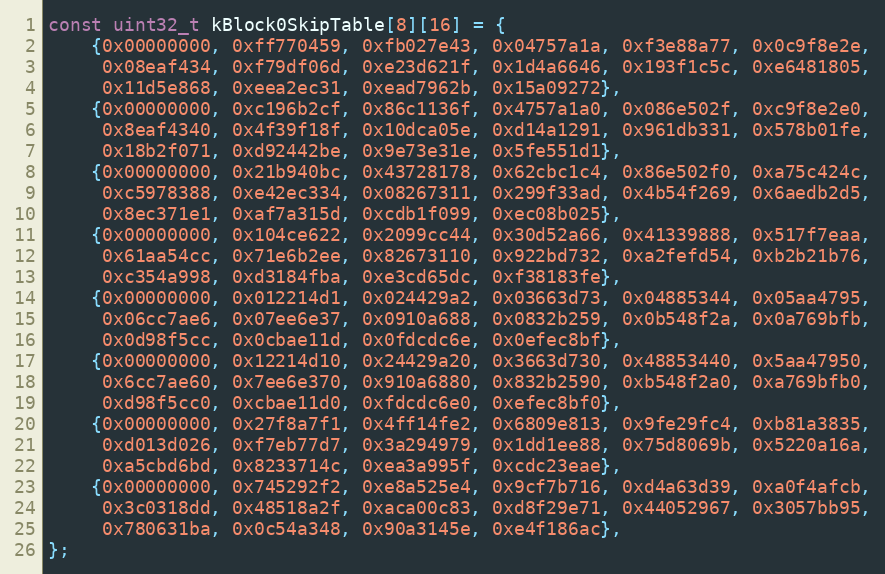
Language: C++
const uint32_t kBlock0SkipTable[8][16] = {
    {0x00000000, 0xff770459, 0xfb027e43, 0x04757a1a, 0xf3e88a77, 0x0c9f8e2e,
     0x08eaf434, 0xf79df06d, 0xe23d621f, 0x1d4a6646, 0x193f1c5c, 0xe6481805,
     0x11d5e868, 0xeea2ec31, 0xead7962b, 0x15a09272},
    {0x00000000, 0xc196b2cf, 0x86c1136f, 0x4757a1a0, 0x086e502f, 0xc9f8e2e0,
     0x8eaf4340, 0x4f39f18f, 0x10dca05e, 0xd14a1291, 0x961db331, 0x578b01fe,
     0x18b2f071, 0xd92442be, 0x9e73e31e, 0x5fe551d1},
    {0x00000000, 0x21b940bc, 0x43728178, 0x62cbc1c4, 0x86e502f0, 0xa75c424c,
     0xc5978388, 0xe42ec334, 0x08267311, 0x299f33ad, 0x4b54f269, 0x6aedb2d5,
     0x8ec371e1, 0xaf7a315d, 0xcdb1f099, 0xec08b025},
    {0x00000000, 0x104ce622, 0x2099cc44, 0x30d52a66, 0x41339888, 0x517f7eaa,
     0x61aa54cc, 0x71e6b2ee, 0x82673110, 0x922bd732, 0xa2fefd54, 0xb2b21b76,
     0xc354a998, 0xd3184fba, 0xe3cd65dc, 0xf38183fe},
    {0x00000000, 0x012214d1, 0x024429a2, 0x03663d73, 0x04885344, 0x05aa4795,
     0x06cc7ae6, 0x07ee6e37, 0x0910a688, 0x0832b259, 0x0b548f2a, 0x0a769bfb,
     0x0d98f5cc, 0x0cbae11d, 0x0fdcdc6e, 0x0efec8bf},
    {0x00000000, 0x12214d10, 0x24429a20, 0x3663d730, 0x48853440, 0x5aa47950,
     0x6cc7ae60, 0x7ee6e370, 0x910a6880, 0x832b2590, 0xb548f2a0, 0xa769bfb0,
     0xd98f5cc0, 0xcbae11d0, 0xfdcdc6e0, 0xefec8bf0},
    {0x00000000, 0x27f8a7f1, 0x4ff14fe2, 0x6809e813, 0x9fe29fc4, 0xb81a3835,
     0xd013d026, 0xf7eb77d7, 0x3a294979, 0x1dd1ee88, 0x75d8069b, 0x5220a16a,
     0xa5cbd6bd, 0x8233714c, 0xea3a995f, 0xcdc23eae},
    {0x00000000, 0x745292f2, 0xe8a525e4, 0x9cf7b716, 0xd4a63d39, 0xa0f4afcb,
     0x3c0318dd, 0x48518a2f, 0xaca00c83, 0xd8f29e71, 0x44052967, 0x3057bb95,
     0x780631ba, 0x0c54a348, 0x90a3145e, 0xe4f186ac},
};